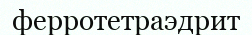
ферротетраэдрит